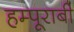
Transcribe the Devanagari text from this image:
हम्पूराबी